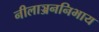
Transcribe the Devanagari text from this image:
नीलाञ्जननिभाय